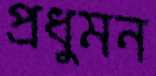
প্রধুমন